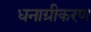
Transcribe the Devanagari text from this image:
धनाग्रीकरण